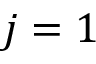
j = 1